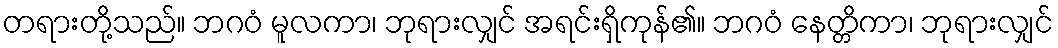
တရားတို့သည်။ ဘဂဝံ မူလကာ၊ ဘုရားလျှင် အရင်းရှိကုန်၏။ ဘဂဝံ နေတ္တိကာ၊ ဘုရားလျှင်